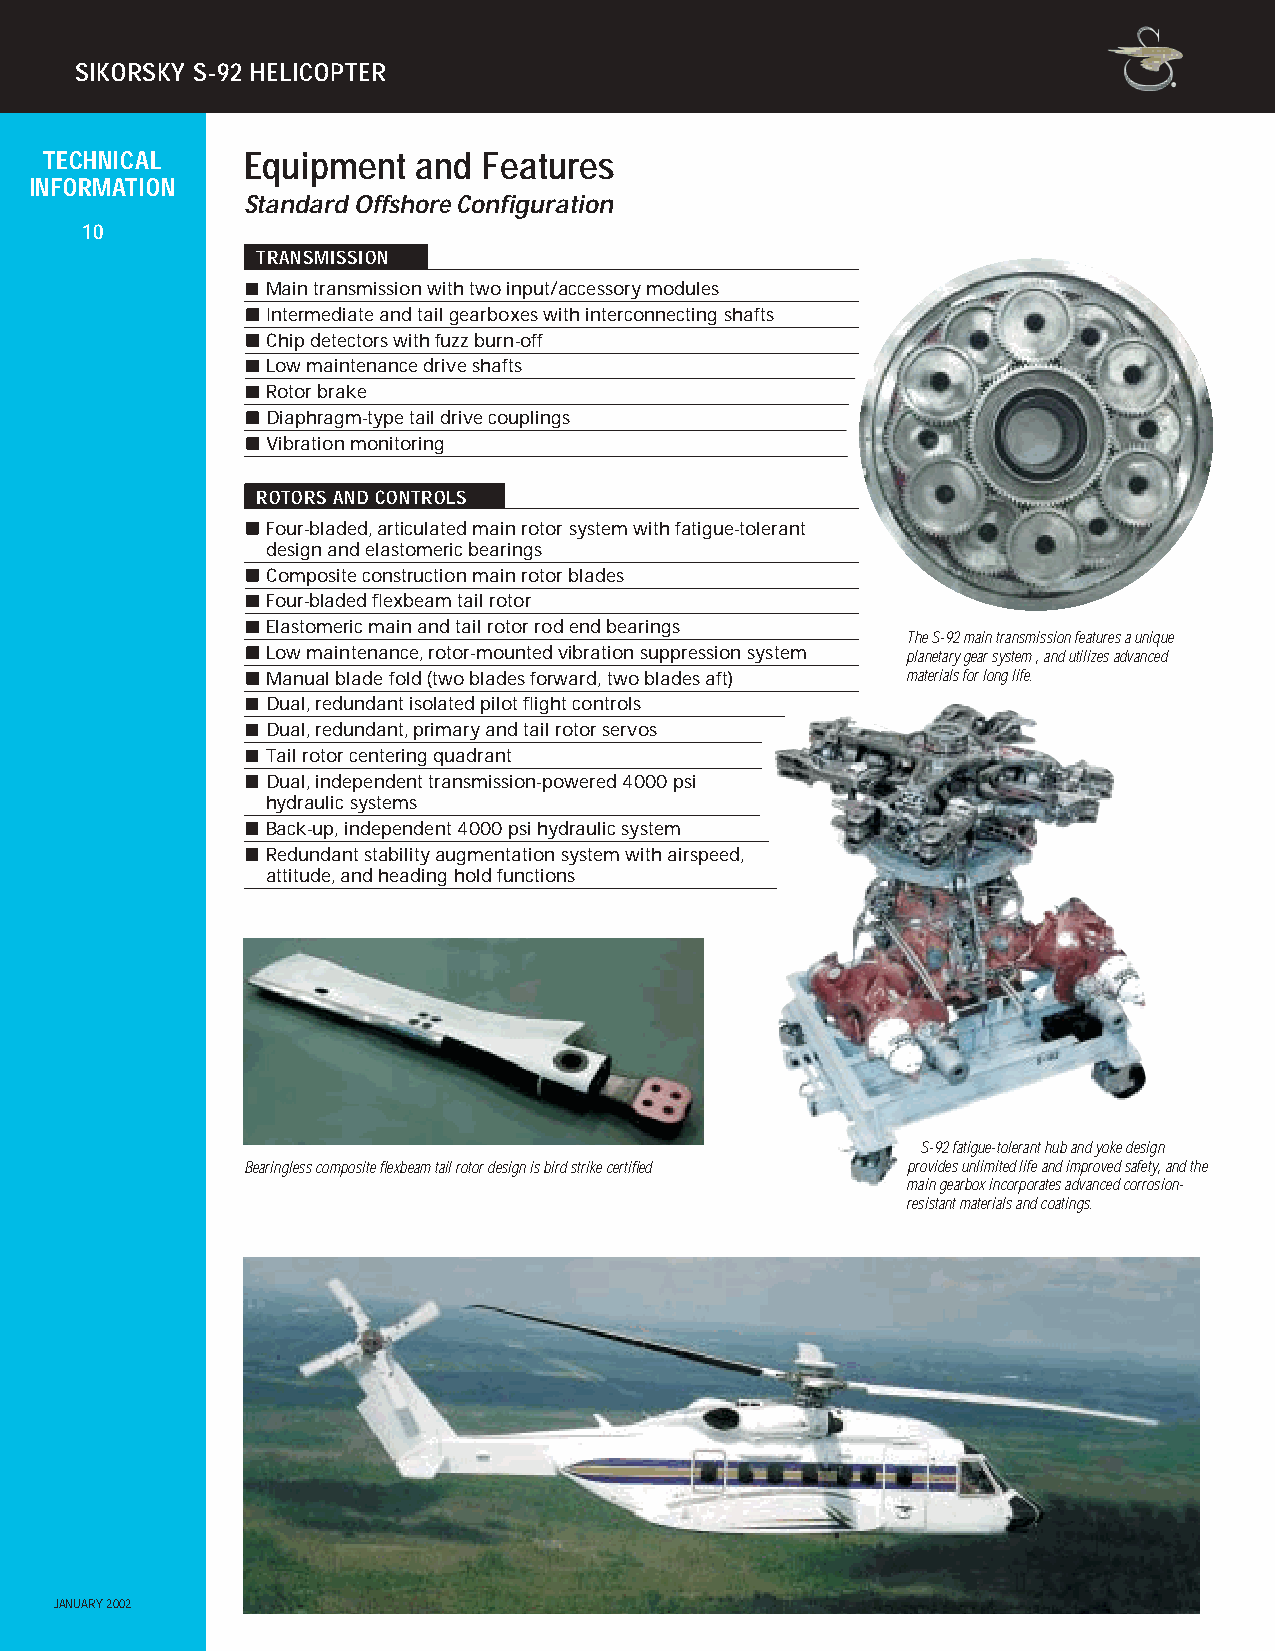
SIKORSKY S-92 HELICOPTER
 TECHNICAL    Equipment   and Features
 INFORMATION
 Standard Offshore Configuration
 10
 TRANSMISSION
 Main transmission with two input/accessory modules
 Intermediate and tail gearboxes with interconnecting shafts
 Chip detectors with fuzz burn-off
 Low maintenance drive shafts
 Rotor brake
 Diaphragm-type tail drive couplings
 Vibration monitoring
 ROTORS AND CONTROLS
 Four-bladed, articulated main rotor system with fatigue-tolerant
 design and elastomeric bearings
 Composite construction main rotor blades
 Four-bladed flexbeam tail rotor
 Elastomeric main and tail rotor rod end bearings
 The S-92 main transmission features a unique
 Low maintenance, rotor-mounted vibration suppression system planetary gear system , and utilizes advanced
 Manual blade fold (two blades forward, two blades aft) materials for long life.
 Dual, redundant isolated pilot flight controls
 Dual, redundant, primary and tail rotor servos
 Tail rotor centering quadrant
 Dual, independent transmission-powered 4000 psi
 hydraulic systems
 Back-up, independent 4000 psi hydraulic system
 Redundant stability augmentation system with airspeed,
 attitude, and heading hold functions
 S-92 fatigue-tolerant hub and yoke design
 Bearingless composite flexbeam tail rotor design is bird strike certified provides unlimited life and improved safety, and the
 main gearbox incorporates advanced corrosion-
 resistant materials and coatings.
 JANUARY 2002